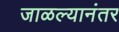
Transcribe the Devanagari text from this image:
जाळल्यानंतर